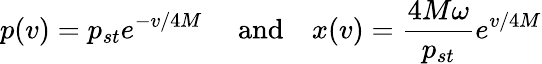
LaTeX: p(v)=p_{st}e^{-v/4M}\quad\mathrm{~and}\quad x(v)={\frac{4M\omega}{p_{st}}}e^{v/4M}